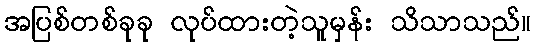
အပြစ်တစ်ခုခု လုပ်ထားတဲ့သူမှန်း သိသာသည်။